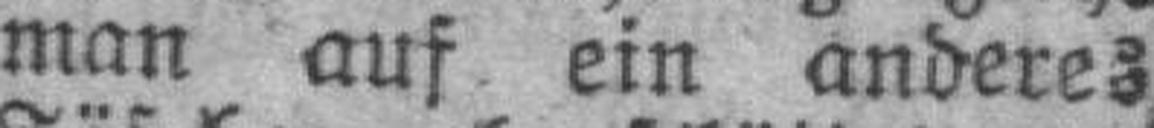
man auf ein anderes